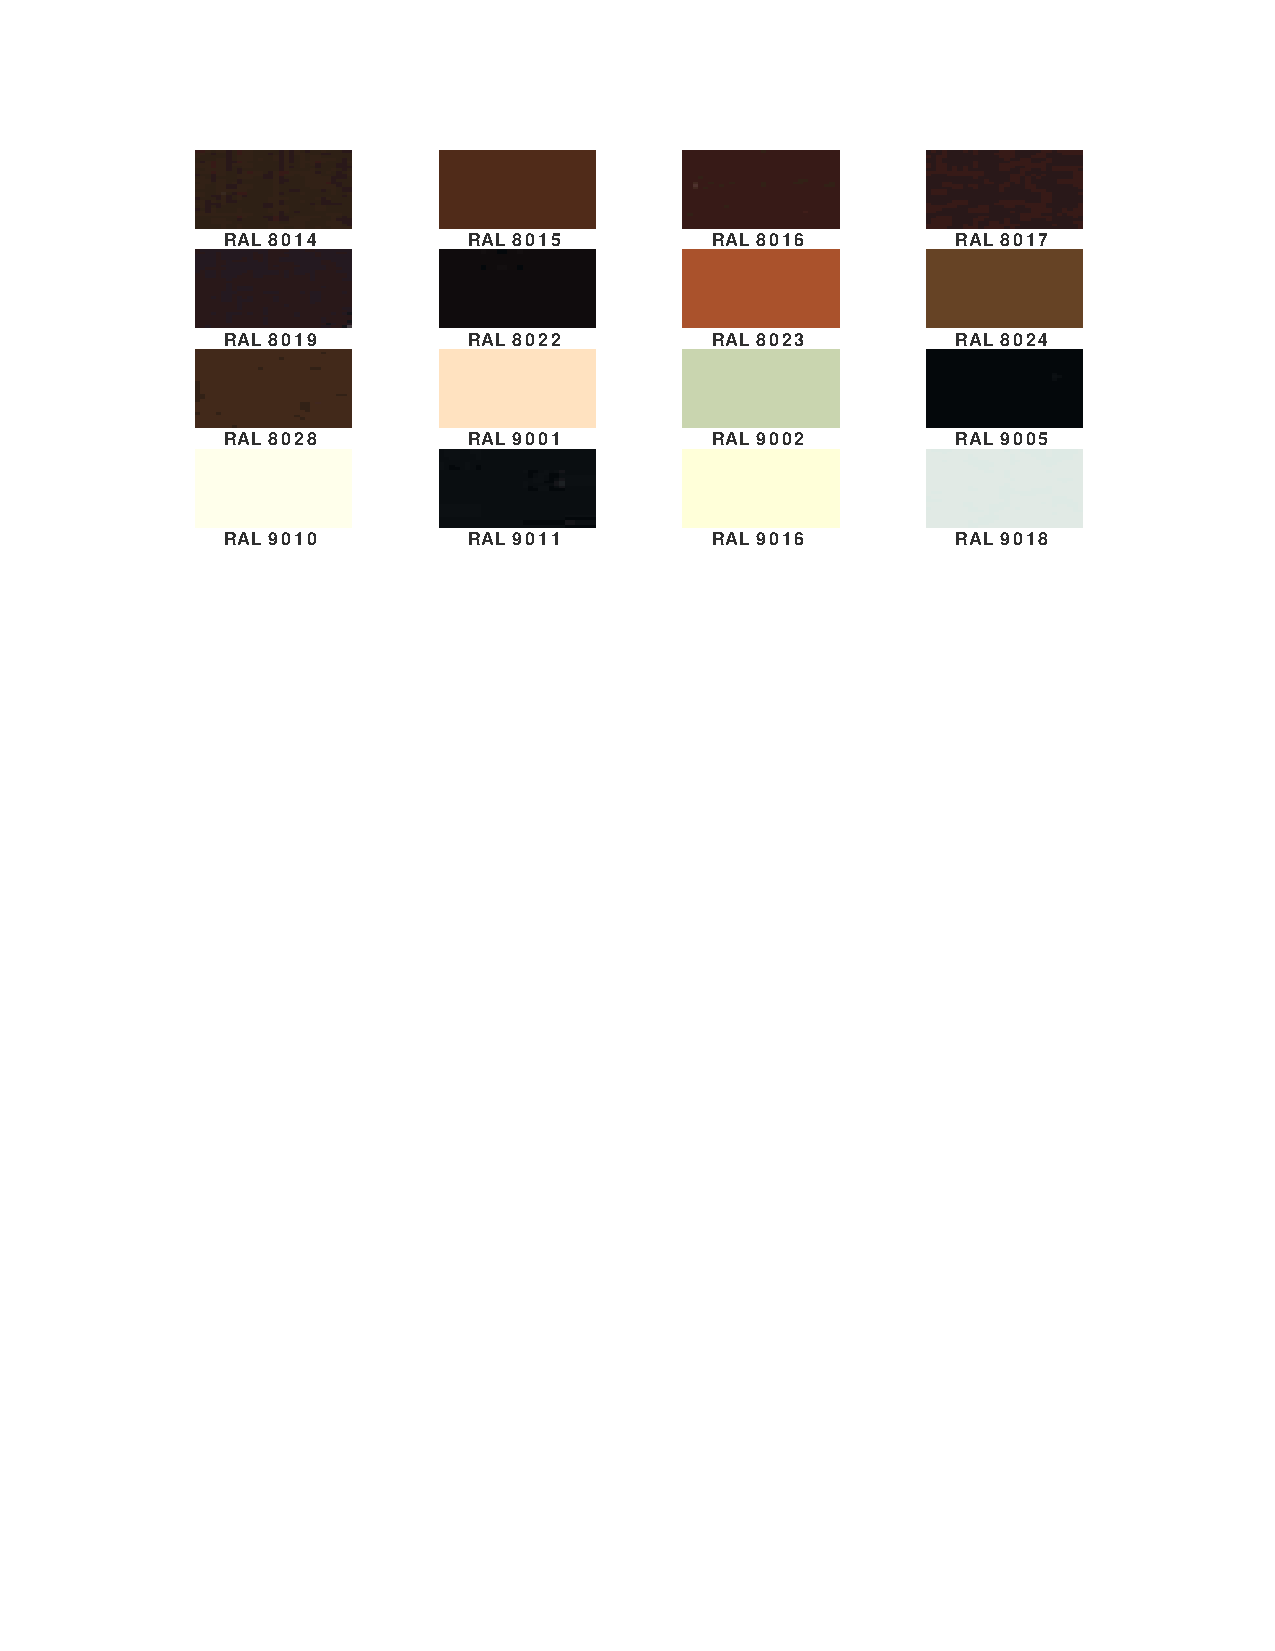
RAL 8014        RAL 8015        RAL 8016        RAL 8017
 RAL 8019        RAL 8022        RAL 8023        RAL 8024
 RAL 8028        RAL 9001        RAL 9002        RAL 9005
 RAL 9010        RAL 9011        RAL 9016        RAL 9018